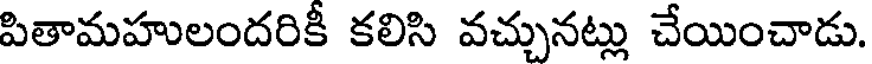
పితామహులందరికీ కలిసి వచ్చునట్లు చేయించాడు.